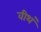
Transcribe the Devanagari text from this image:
वीथं